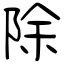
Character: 除